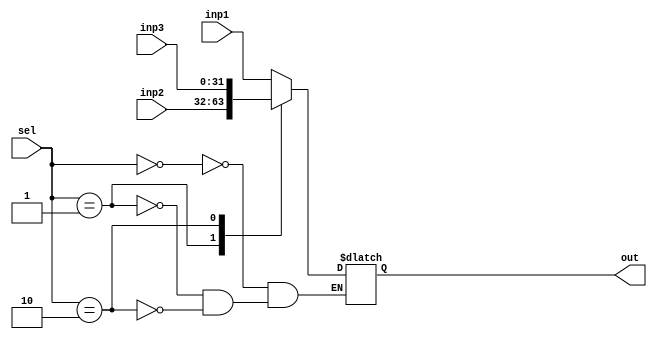
module mux3(
  input [31:0] inp1, inp2, inp3,
  input [1:0] sel,
  output reg [31:0] out
);
  always@(*)
    begin
      case(sel)
        2'b00 : out = inp1;
        2'b01 : out = inp2;
        2'b10 : out = inp3;
      endcase
    end
  
endmodule